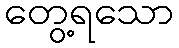
တွေ့ရသော